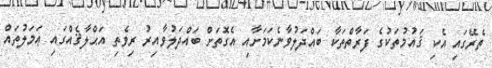
ތެރޭގައި އެކި ޤައުމުތަކުގެ ފަރާތްތަކާ ބައްދަލުވާނެކަމަށާއި އެގޮތަށް ބައްދަލުވާއިރު ރިވެތި އަޙްލާޤެއްގައި ޢަމަލުތައް